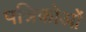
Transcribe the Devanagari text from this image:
पत्रिकोओं